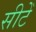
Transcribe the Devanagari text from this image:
सीटेँ